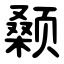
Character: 颡